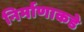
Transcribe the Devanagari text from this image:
निर्माणाकडे